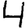
Digit: 4